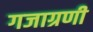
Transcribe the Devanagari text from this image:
गजाग्रणी